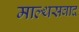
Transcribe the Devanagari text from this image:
माल्थसवाद